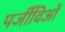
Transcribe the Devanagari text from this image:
पर्जीविओं